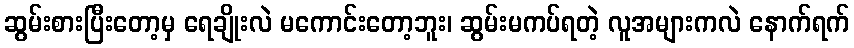
ဆွမ်းစားပြီးတော့မှ ရေချိုးလဲ မကောင်းတော့ဘူး၊ ဆွမ်းမကပ်ရတဲ့ လူအများကလဲ နောက်ရက်